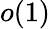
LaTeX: o(1)